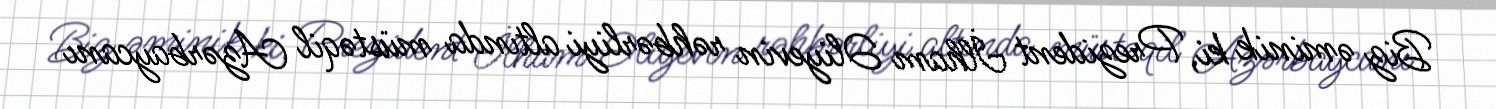
Biz əminik ki, Prezident İlham Əliyevin rəhbərliyi altında müstəqil Azərbaycanı